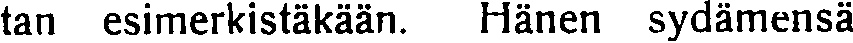
tan esimerkistäkään. Hänen sydämensä